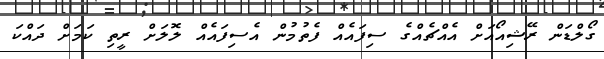
ގޯލްޑަން ރޭޝިއޯއަށް އެއްޗެއްގެ ސިފައެއް ފެތުމުން އެސިފައެއް ލޮލަށް ރީތި ކަމަށް ދައްކަ